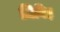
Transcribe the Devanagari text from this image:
ज़िबिह